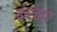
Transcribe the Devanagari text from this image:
करंतार